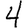
Digit: 4